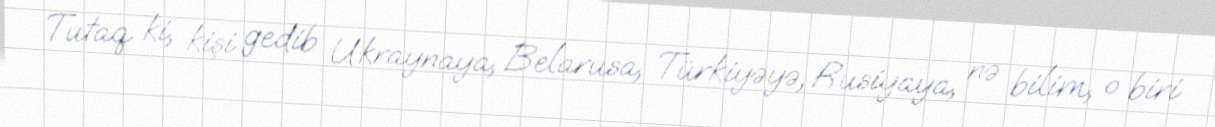
Tutaq ki, kişi gedib Ukraynaya, Belarusa, Türkiyəyə, Rusiyaya, nə bilim, o biri